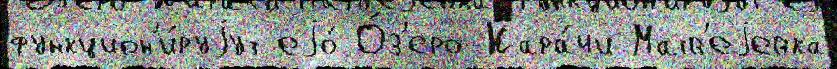
функцион'и́руjут еjо́ О́з'еро-Кара́чи Матв'еjевка